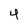
Character: 4